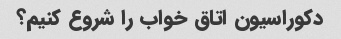
دکوراسیون اتاق خواب را شروع کنیم؟